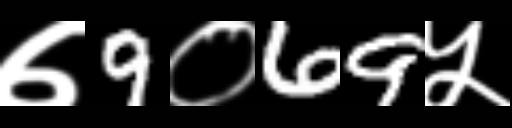
Text: ७9०69५